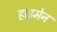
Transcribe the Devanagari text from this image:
हाइमेन